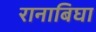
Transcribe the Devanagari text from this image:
रानाबिघा